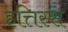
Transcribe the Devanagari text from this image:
हत्तिस्स